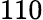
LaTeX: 110